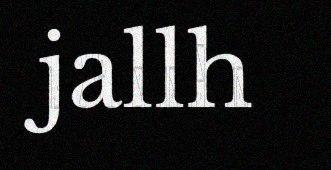
jallh